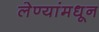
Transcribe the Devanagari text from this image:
लेण्यांमधून